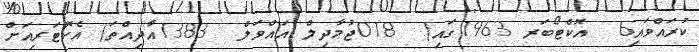
ކުރައްވައި6  އޮކްޓޯބަރ 1963ގައި(  018ޖުމާދިލް އައްވަލް  1383އާދިއްތަ) އެކޮޓަރިއަށް